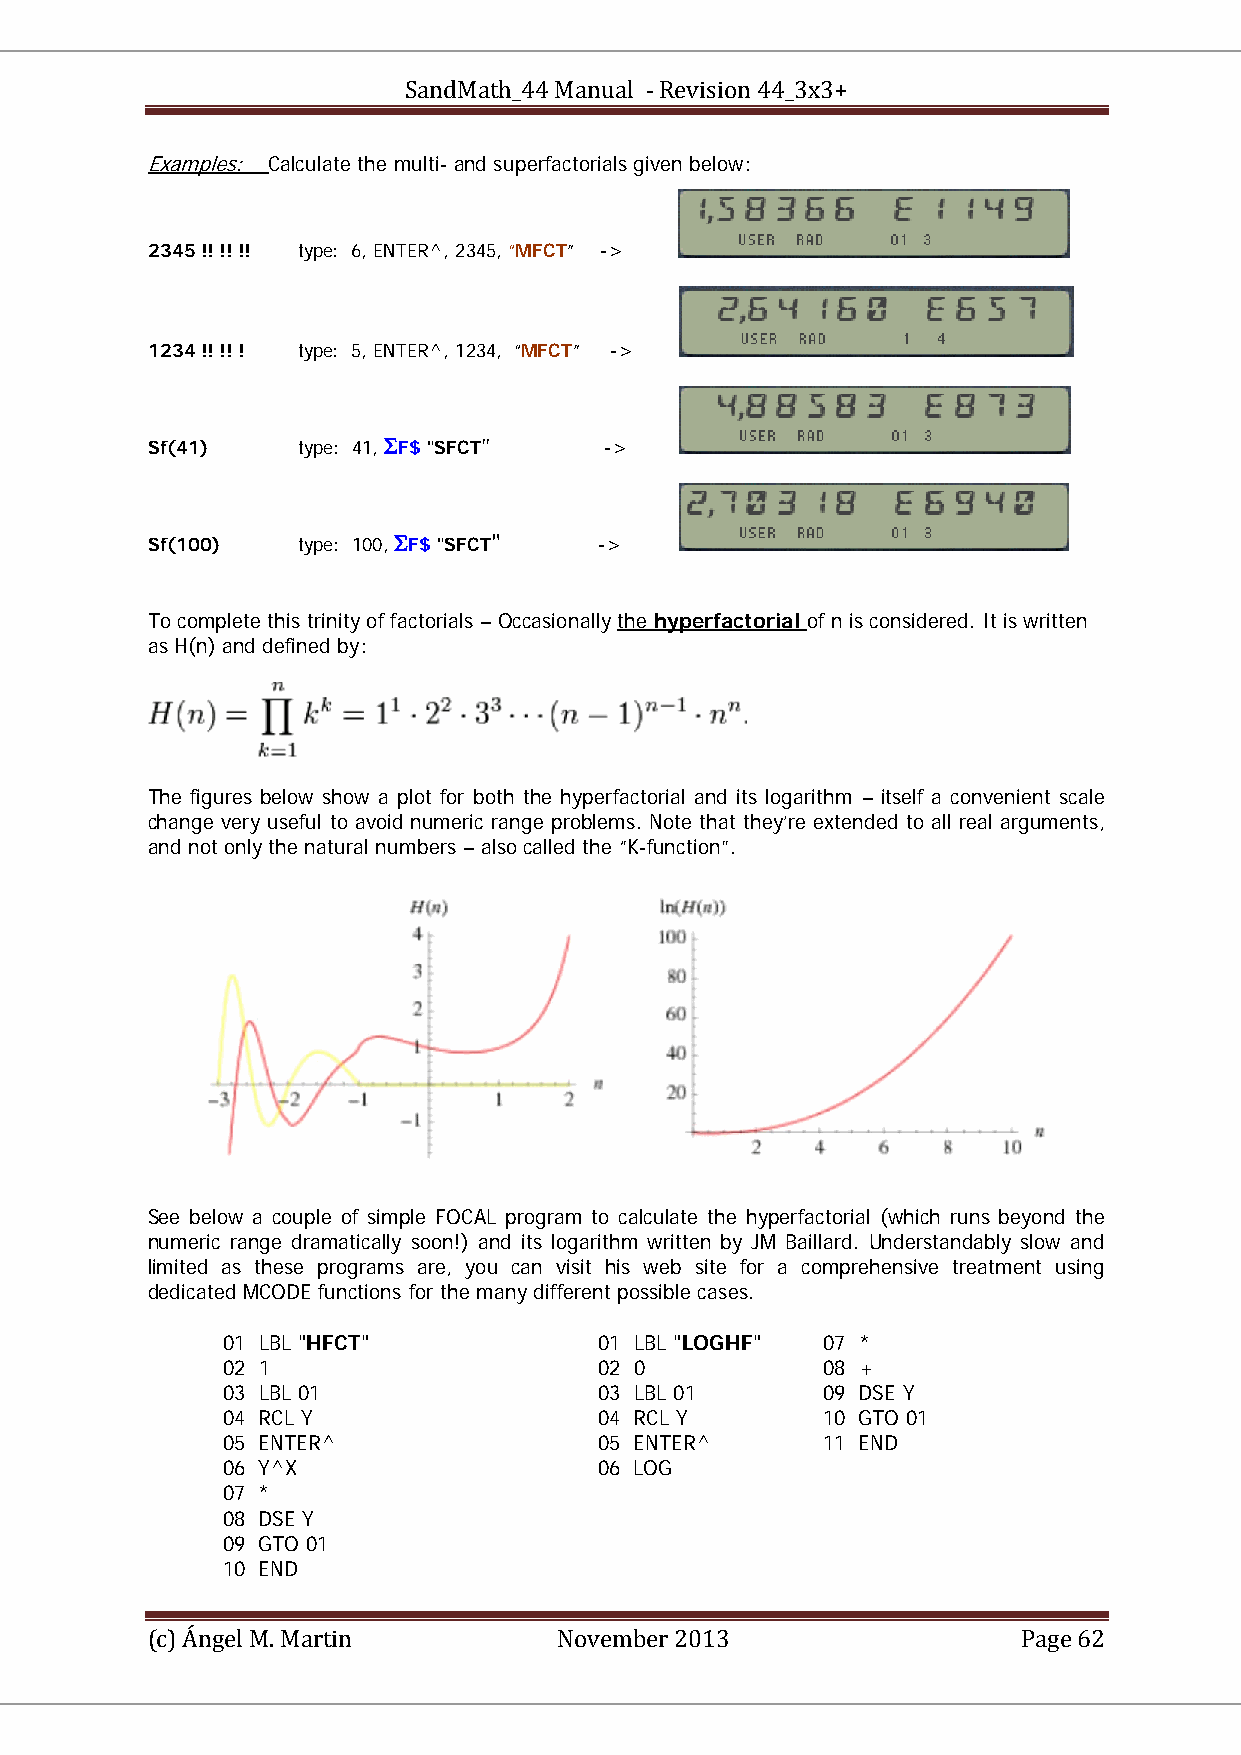
SandMath_44 Manual - Revision 44_3x3+
 Examples: Calculate the multi- and superfactorials given below:
 U       U
 2345 !! !! !! type: 6, ENTER^, 2345, “MFCT” ->
 1234 !! !! ! type: 5, ENTER^, 1234, “MFCT” ->
 Sf(41)    type: 41, ΣF$ "SFCT" ->
 Sf(100)   type: 100, ΣF$ "SFCT" ->
 To complete this trinity of factorials – Occasionally the hyperfactorial of n is considered. It is written
 U           U
 as H(n) and defined by:
 The figures below show a plot for both the hyperfactorial and its logarithm – itself a convenient scale
 change very useful to avoid numeric range problems. Note that they’re extended to all real arguments,
 and not only the natural numbers – also called the “K-function”.
 See below a couple of simple FOCAL program to calculate the hyperfactorial (which runs beyond the
 numeric range dramatically soon!) and its logarithm written by JM Baillard. Understandably slow and
 limited as these programs are, you can visit his web site for a comprehensive treatment using
 dedicated MCODE functions for the many different possible cases.
 01 LBL "HFCT"            01 LBL "LOGHF" 07 *
 02 1                     02 0          08 +
 03 LBL 01                03 LBL 01     09 DSE Y
 04 RCL Y                 04 RCL Y      10 GTO 01
 05 ENTER^                05 ENTER^     11 END
 06 Y^X                   06 LOG
 07 *
 08 DSE Y
 09 GTO 01
 10 END
 (c) Ángel M. Martin        November 2013                  Page 62